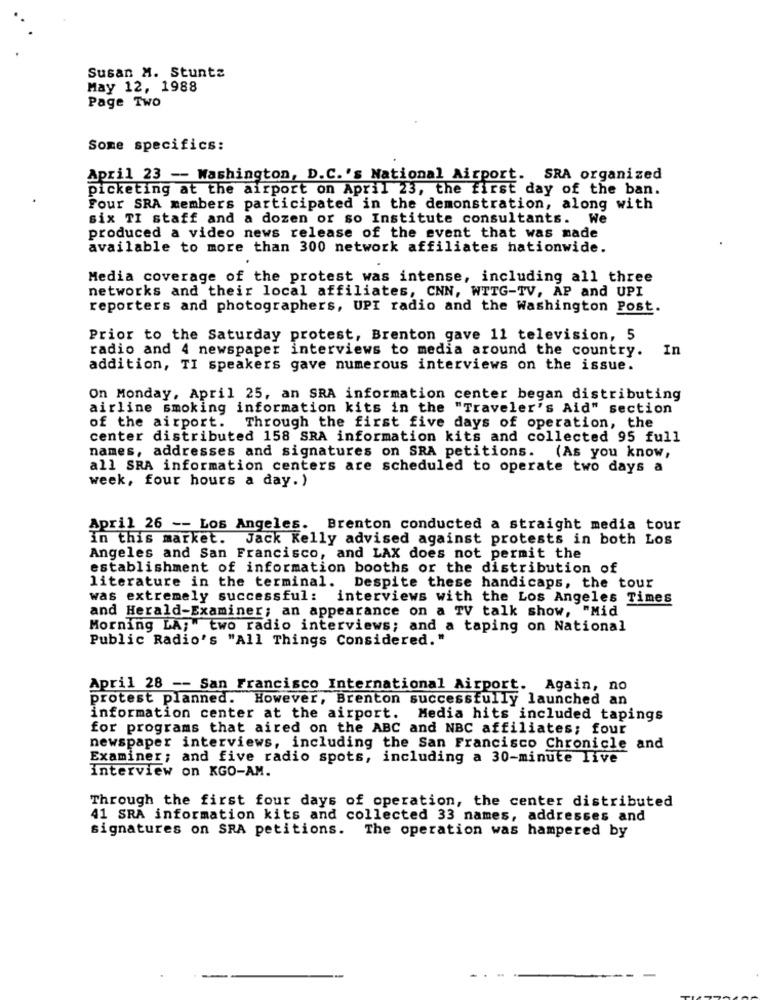
Susan M. Stunts
May 12, 1988
Page Two
Some specifics:
April 23 -- Washington, D.C.'s National Airport. SRA organized
picketing at the airport on April 23, the first day of the ban.
Four SRA members participated in the demonstration, along with
six TI staff and a dozen or so Institute consultants. We
produced a video news release of the event that was made
available to more than 300 network affiliates nationwide.
Media coverage of the protest was intense, including all three
networks and their local affiliates, CNN, WTTG-TV, AP and UPI
reporters and photographers, UPI radio and the Washington Post.
Prior to the Saturday protest, Brenton gave 11 television, 5
radio and 4 newspaper interviews to media around the country. In
addition, TI speakers gave numerous interviews on the issue.
On Monday, April 25, an SRA information center began distributing
airline smoking information kits in the "Traveler's Aid" section
of the airport. Through the first five days of operation, the
center distributed 158 SRA information kits and collected 95 full
names, addresses and signatures on SRA petitions. (As you know,
all SRA information centers are scheduled to operate two days a
week, four hours a day.)
April 26 -- Los Angeles. Brenton conducted a straight media tour
In this market. Jack Kelly advised against protests in both Los
Angeles and San Francisco, and LAX does not permit the
establishment of information booths or the distribution of
literature in the terminal. Despite these handicaps, the tour
was extremely successful: interviews with the Los Angeles Times
and Herald-Examiner; an appearance on a TV talk show, "Mid
Morning LA; two radio interviews; and a taping on National
Public Radio's "All Things Considered."
April 28 -- San Francisco International Airport. Again, no
protest planned. However, Brenton successfully launched an
information center at the airport. Media hits included tapings
for programs that aired on the ABC and NBC affiliates; four
newspaper interviews, including the San Francisco Chronicle and
Examiner; and five radio spots, including a 30-minute live
Interview on KGO-AM.
Through the first four days of operation, the center distributed
41 SRA information kits and collected 33 names, addresses and
signatures on SRA petitions. The operation was hampered by